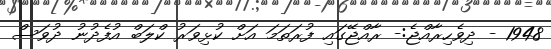
1948 - ދިވެހިރާއްޖެ:- ރާއްޖޭގައި ފުރަތަމަ އަށް ކުޅިވަރު ކްލަބް އުފެދުނު ދުވަސް